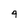
Character: 4